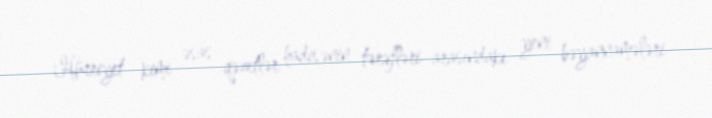
Hürriyet kimi əsas qəzetlər hadisənin tərəfləri arasındakı yeni bəyannamələri